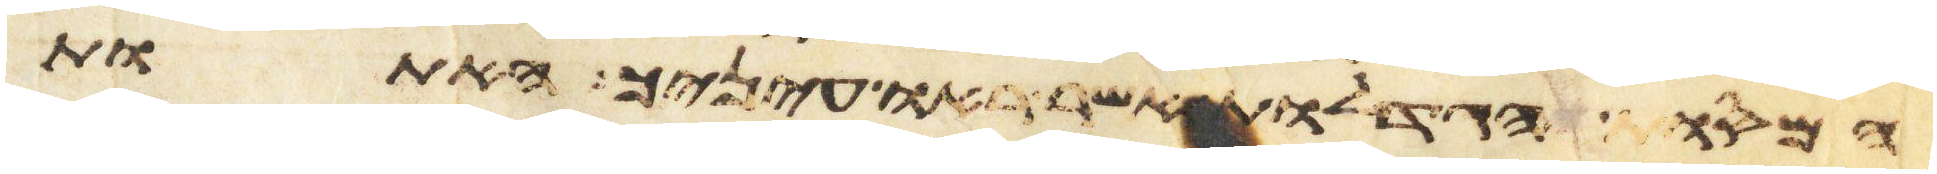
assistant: המסות הגדלות אשר ראו עיניך האתות